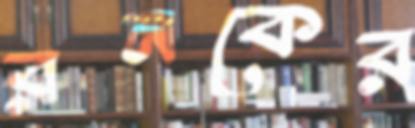
রনকের